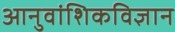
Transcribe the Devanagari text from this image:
आनुवांशिकविज्ञान